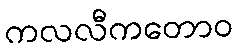
ကလလီကတောဝ